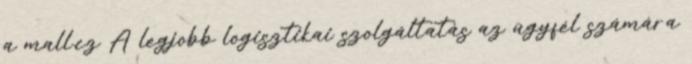
a mall.cz A legjobb logisztikai szolgáltatás az ügyfél számára